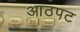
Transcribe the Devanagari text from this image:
आठपट